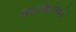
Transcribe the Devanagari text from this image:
शिवमंदिरामध्ये